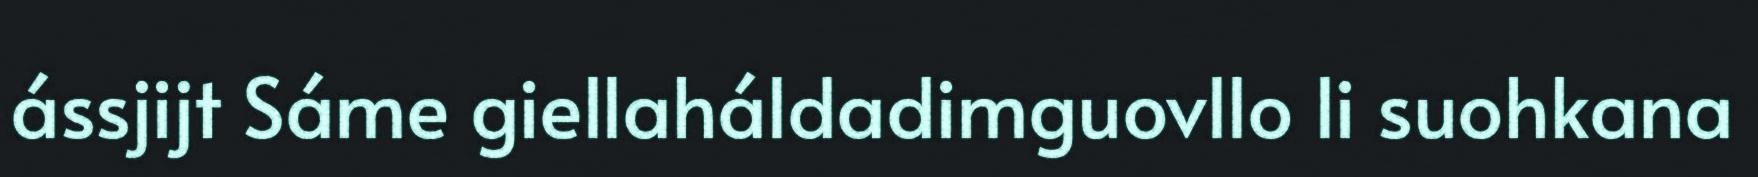
ássjijt Sáme giellaháldadimguovllo li suohkana